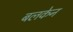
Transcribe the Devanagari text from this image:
बलकेन